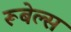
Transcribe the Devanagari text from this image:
रूबेल्स